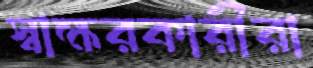
স্বাক্ষরকারীরা